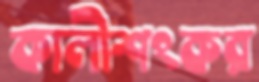
কালীশংকর